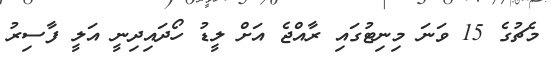
މެޗުގެ 15 ވަނަ މިނިޓުގައި ރާއްޖެ އަށް ލީޑު ހޯދައިދިނީ އަލީ ފާސިރު